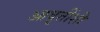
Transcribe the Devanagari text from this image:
आवृत्तींशी